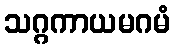
သဂ္ဂကာယမဂမံ